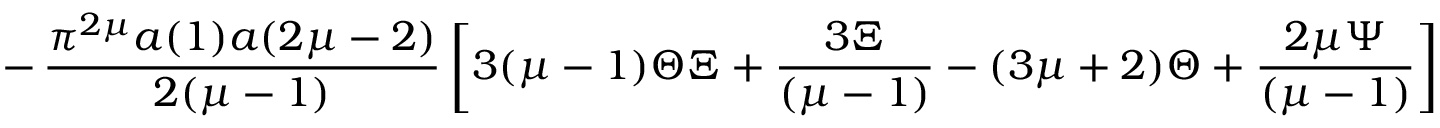
- \, \frac { \pi ^ { 2 \mu } a ( 1 ) a ( 2 \mu - 2 ) } { 2 ( \mu - 1 ) } \left[ 3 ( \mu - 1 ) \Theta \Xi + \frac { 3 \Xi } { ( \mu - 1 ) } - ( 3 \mu + 2 ) \Theta + \frac { 2 \mu \Psi } { ( \mu - 1 ) } \right]